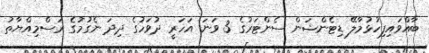
ބާއްވައިފިހުޅުމާލޭ ޑިޓެންޝަން ސެންޓަރުގެ 3 ވަނަ އަހަރީ ދުވަހުގެ ދިދަ ނެގުމުގެ ރަސްމިއްޔާތު